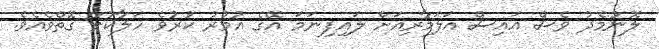
ލޮނުމެދު ވެސް އައިސް އަލަމާރިއަށް ލައިފިނަމަ އޭގެ އުމުރު ކުރުވެ ހަލާކުވާ ގޮތްވެއެވެ.